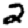
Digit: 2